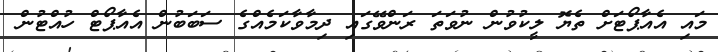
މައި އެއާޕޯޓަށް ތެޔޮ ލީކުވުން ނުވަތަ ރަންވޭގައި ދިމާވާކަމެއްގެ ސަބަބުން އެއާޕޯޓް ހުއްޓުން